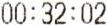
00:32:02